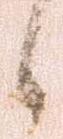
候